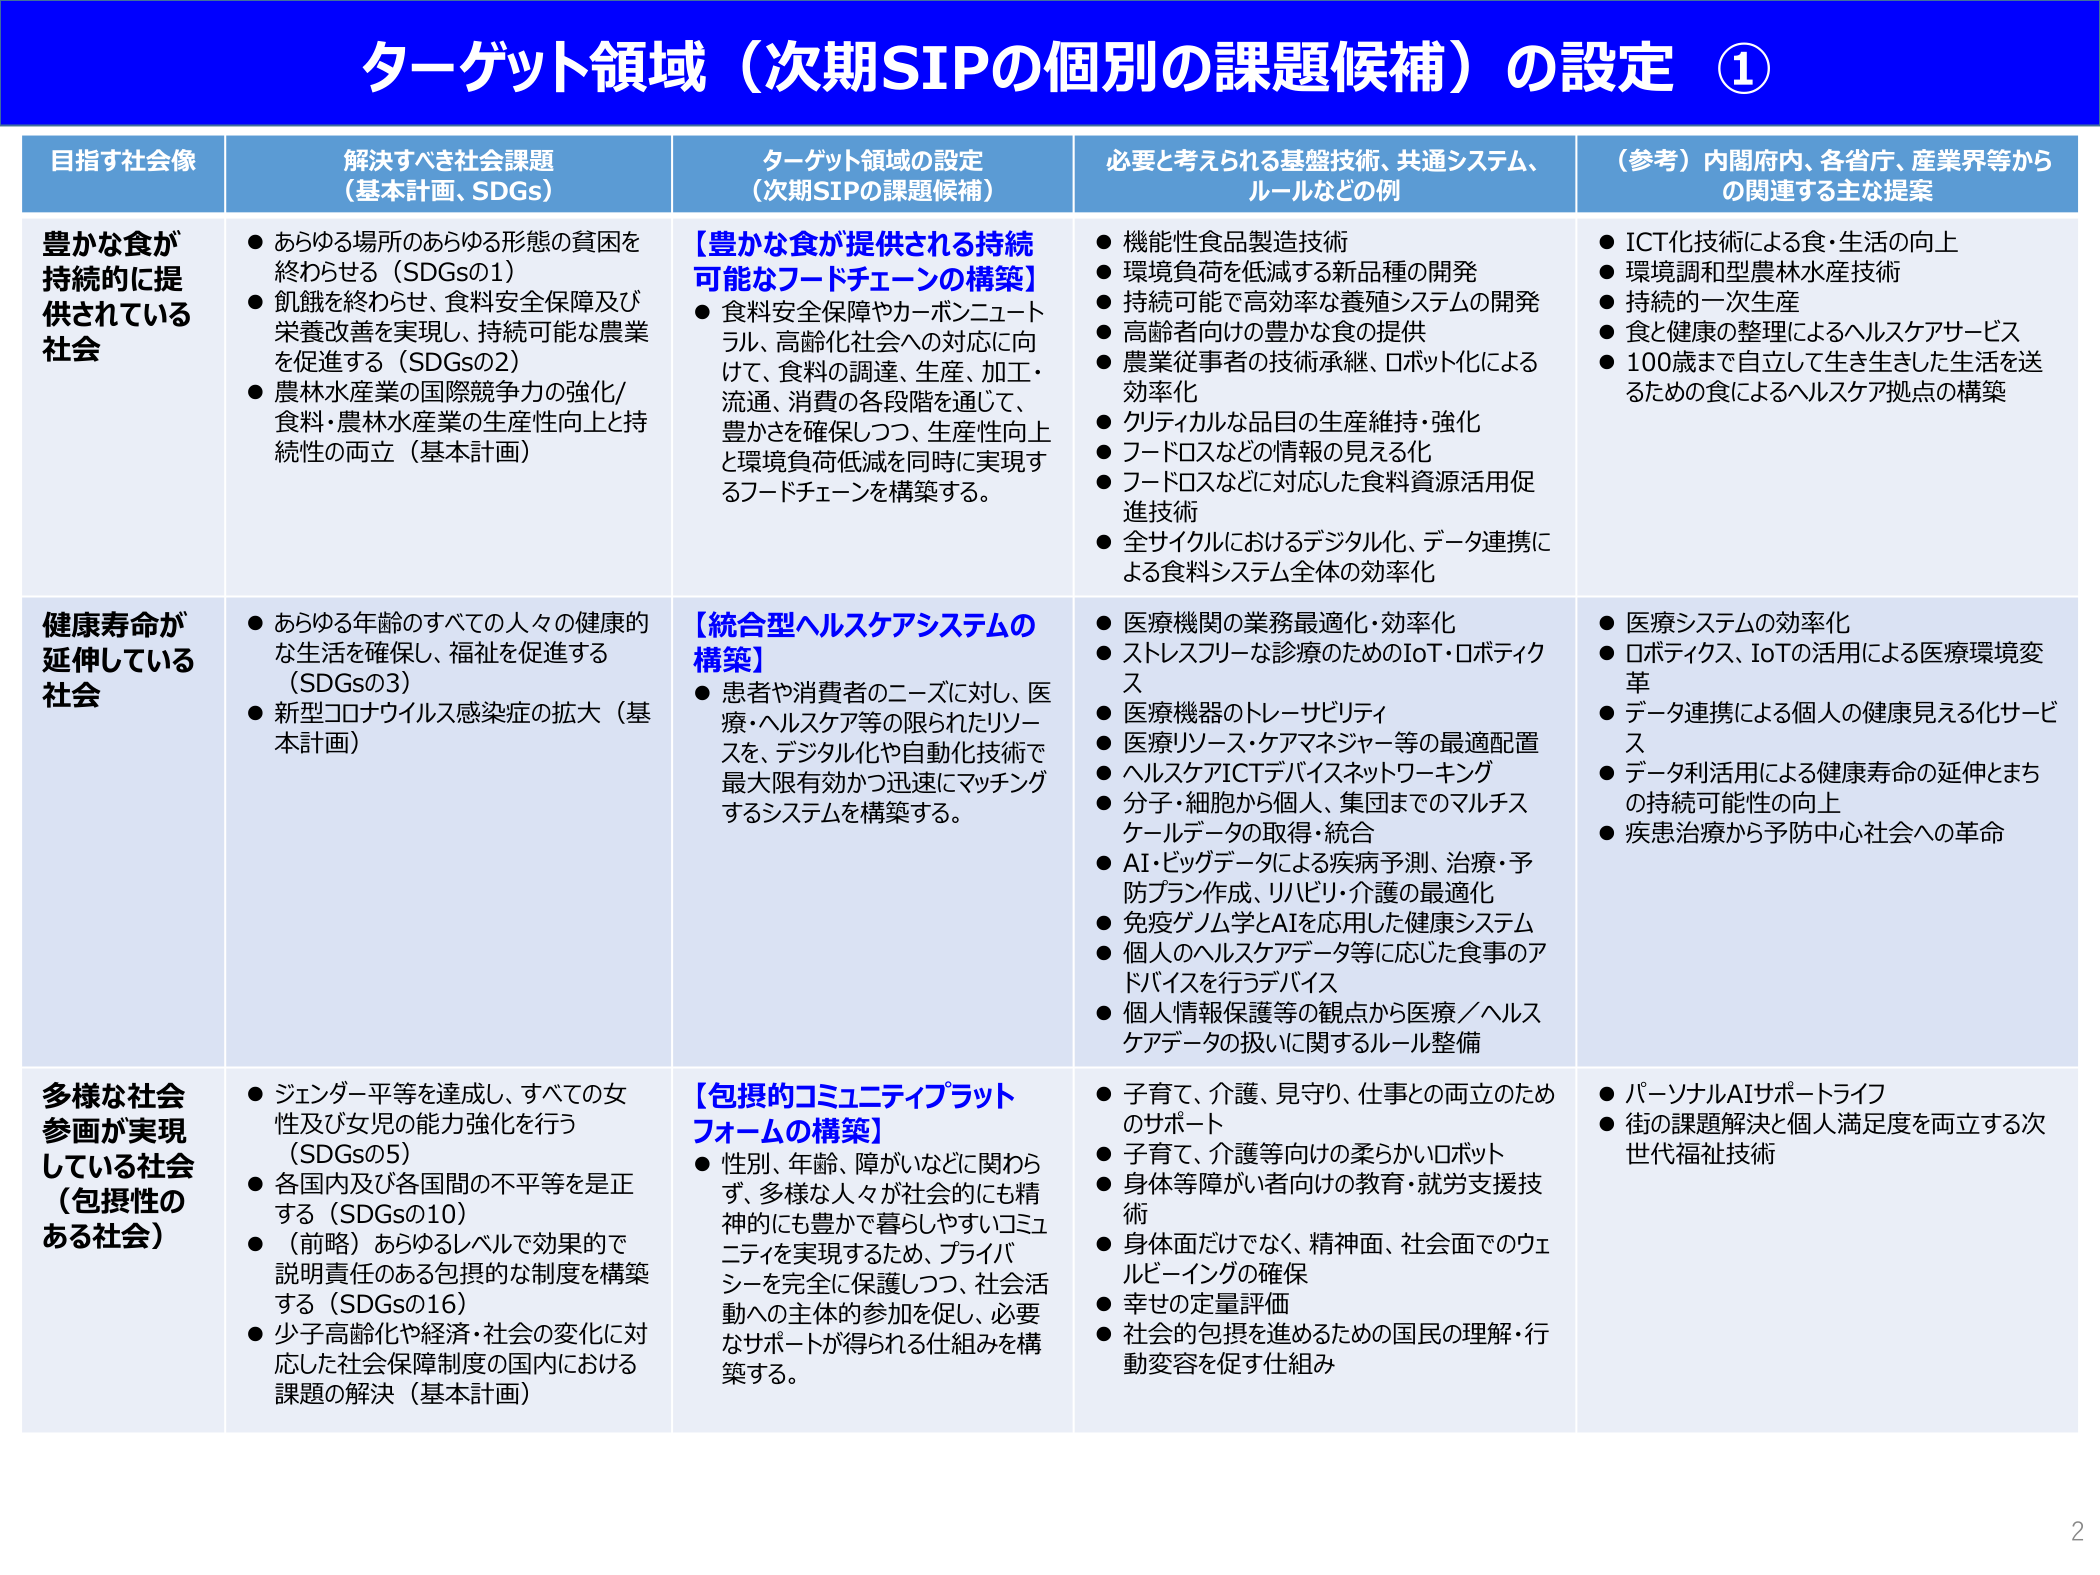
ターゲット領域（次期SIPの個別の課題候補）の設定 ①

目指す社会像 解決すべき社会課題 （基本計画、SDGs） ターゲット領域の設定 （次期SIPの課題候補） 必要と考えられる基盤技術、共通システム、ルールなどの例 （参考）内閣府内、各省庁、産業界等からの関連する主な提案

豊かな食が 持続的に提 供されている 社会 ● あらゆる場所のあらゆる形態の貧困を 終わらせる（SDGsの1） ● 飢餓を終わらせ、食料安全保障及び 栄養改善を実現し、持続可能な農業 を促進する（SDGsの2） ● 農林水産業の国際競争力の強化/ 食料・農林水産業の生産性向上と持 続性の両立（基本計画） 【豊かな食が提供される持続 可能なフードチェーンの構築】 ● 食料安全保障やカーボンニュート ラル、高齢化社会への対応に向 けて、食料の調達、生産、加工・ 流通、消費の各段階を通じて、 豊かさを確保しつつ、生産性向上 と環境負荷低減を同時に実現す るフードチェーンを構築する。 ● 機能性食品製造技術 ● 環境負荷を低減する新品种の開発 ● 持続可能で高効率な養殖システムの開発 ● 高齢者向けの豊かな食の提供 ● 農業従事者の技術承継、ロボット化による 効率化 ● クリティカルな品目の生産維持・強化 ● フードロスなどの情報の見える化 ● フードロスなどに対応した食料資源活用促 進技術 ● 全サイクルにおけるデジタル化、データ連携に よる食料システム全体の効率化 ● ICT化技術による食・生活の向上 ● 環境調和型農林水産技術 ● 持続的一次生産 ● 食と健康の整理によるヘルスケアサービス ● 100歳まで自立して生き生きした生活を送 るための食によるヘルスケア拠点の構築

健康寿命が 延伸している 社会 ● あらゆる年齢のすべての人々の健康的 な生活を確保し、福祉を促進する （SDGsの3） ● 新型コロナウイルス感染症の拡大（基 本計画） 【統合型ヘルスケアシステムの 構築】 ● 患者や消費者のニーズに対し、医 療・ヘルスケア等の限られたリソー スを、デジタル化や自動化技術で 最大限有効かつ迅速にマッチング するシステムを構築する。 ● 医療機関の業務最適化・効率化 ● ストレスフリーな診療のためのIoT・ロボティク ス ● 医療機器のトレーサビリティ ● 医療リソース・ケアマネジャー等の最適配置 ● ヘルスケアICTデバイスネットワーキング ● 分子・細胞から個人、集団までのマルチス ケールデータの取得・統合 ● AI・ビッグデータによる疾病予測、治療・予 防プラン作成、リハビリ・介護の最適化 ● 免疫ゲノム学とAIを応用した健康システム ● 個人のヘルスケアデータ等に応じた食事のア ドバイスを行うデバイス ● 個人情報保護等の観点から医療／ヘルス ケアデータの扱いに関するルール整備 ● 医療システムの効率化 ● ロボティクス、IoTの活用による医療環境変 革 ● データ連携による個人の健康見える化サービ ス ● データ利活用による健康寿命の延伸とまち の持続可能性の向上 ● 疾患治療から予防中心社会への革命

多様な社会 参画が実現 している社会 （包摂性の ある社会） ● ジェンダー平等を達成し、すべての女 性及び女児の能力強化を行う （SDGsの5） ● 各国内及び各国間の不平等を是正 する（SDGsの10） ● （前略）あらゆるレベルで効果的で 説明責任のある包摂的な制度を構築 する（SDGsの16） ● 少子高齢化や経済・社会の変化に対 応した社会保障制度の国内における 課題の解決（基本計画） 【包摂的コミュニティプラット フォームの構築】 ● 性別、年齢、障がいなどに関わら ず、多様な人々が社会的にも精 神的にも豊かで暮らしづらいコミュ ニティを実現するため、プライバ シーを完全に保護しつつ、社会活 動への主体的参加を促し、必要 なサポートが得られる仕組みを構 築する。 ● 子育て、介護、見守り、仕事との両立のため のサポート ● 子育て、介護等向けの柔らかいロボット ● 身体等障がい者向けの教育・就労支援技 術 ● 身体面だけでなく、精神面、社会面でのウェ ルビーイングの確保 ● 幸せの定量評価 ● 社会的包摂を進めるための国民の理解・行 動変容を促す仕組み ● パーソナルAIサポートライフ ● 街の課題解決と個人満足度を両立する次 世代福祉技術

2